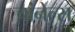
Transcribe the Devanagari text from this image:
चांनेल्स